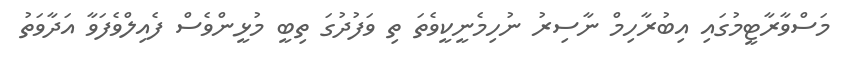
މަސްވާރާޓީމުގައި އިބުރާހިމް ނާސިރު ނުހިމެނީކީވެތަ ތި ވަފުދުގަ ތިބީ މުޅީންވެސް ފެއިލްވެފަވާ އަދާވަތު